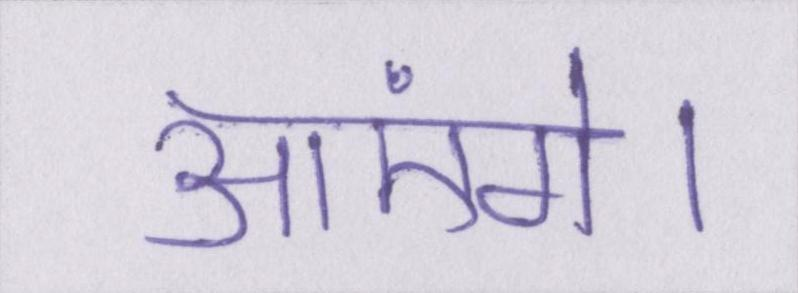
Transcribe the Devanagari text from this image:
आएंगे।